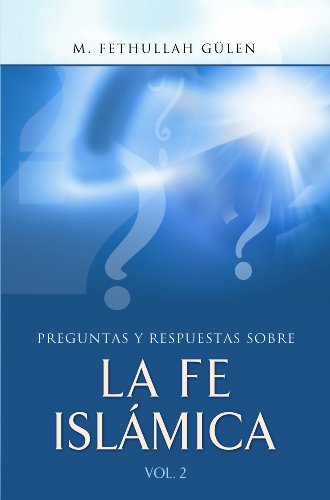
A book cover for Preguntas y Respuestas sobre la Fe Islamica Vol.-2 (Spanish Edition); Ismail Buyukcelebi; Religion & Spirituality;